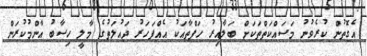
އެގޮތުން ކުރެވުނު މަސައްކަތްތަކަށް ބަލާއިރު ހަފްތާއަކު އެއްފަހަރު ދައުލަތުގެ މާލީ ހިސާބު އާންމުކުރަން